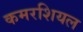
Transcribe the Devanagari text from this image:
कमरशियल